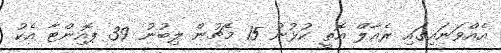
އެއްވަނައިގައި ރެއާލް އޮތީ ކުޅުނު 15 މެޗުން ލިބުނު 39 ޕޮއިންޓާ އެކު